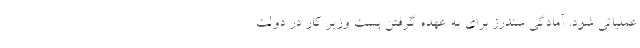
عملیاتی شود. آمادگی سندرز برای به عهده گرفتن پست وزیر کار در دولت